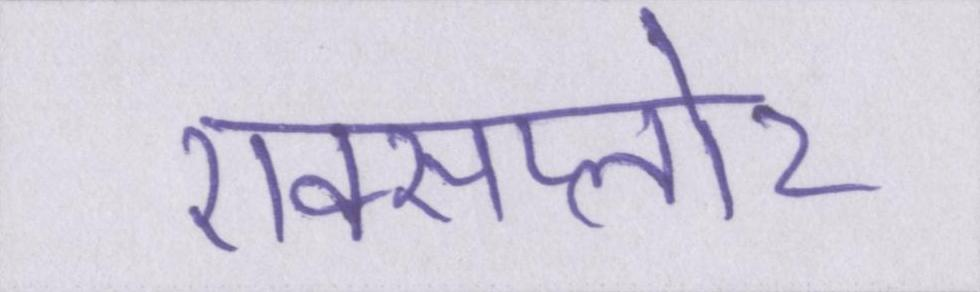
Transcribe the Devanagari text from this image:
एक्सप्लोर